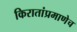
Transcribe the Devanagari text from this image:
किरातांप्रमाणेच